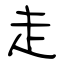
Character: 走